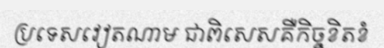
ប្រទេសវៀតណាម ជាពិសេសគឺកិច្ចខិតខំ